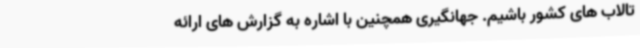
تالاب های کشور باشیم. جهانگیری همچنین با اشاره به گزارش های ارائه